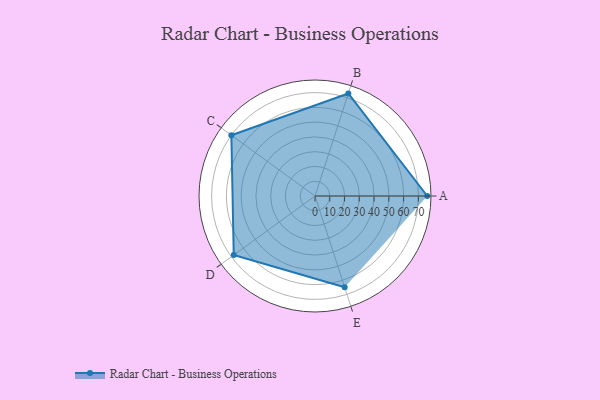
{"axis": {"x": "Skill", "y": "Score"}, "legend": ["Profile"], "data": [{"x": "A", "y": 76.0, "type": "Profile"}, {"x": "B", "y": 73.0, "type": "Profile"}, {"x": "C", "y": 70.0, "type": "Profile"}, {"x": "D", "y": 68.0, "type": "Profile"}, {"x": "E", "y": 65.0, "type": "Profile"}]}